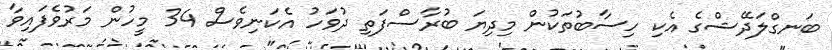
ބަނގްލަދޭޝްގެ އެކި ހިސާބުތަކުން މިދިޔަ ބުރާސްފަތި ދުވަހު އެކަނިވެސް 34 މީހުން މަރުވެފައިވާ